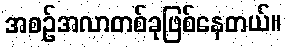
အစဉ်အလာတစ်ခုဖြစ်နေတယ်။